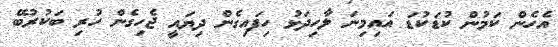
އެހެން ކަމުން ކުޑަކުޑަ އައިމިނަ ލާހިދަޅު ހިފައިގެން ދިޔައީ ޖެހިގެން ހުރި ބަކުރުބޭ